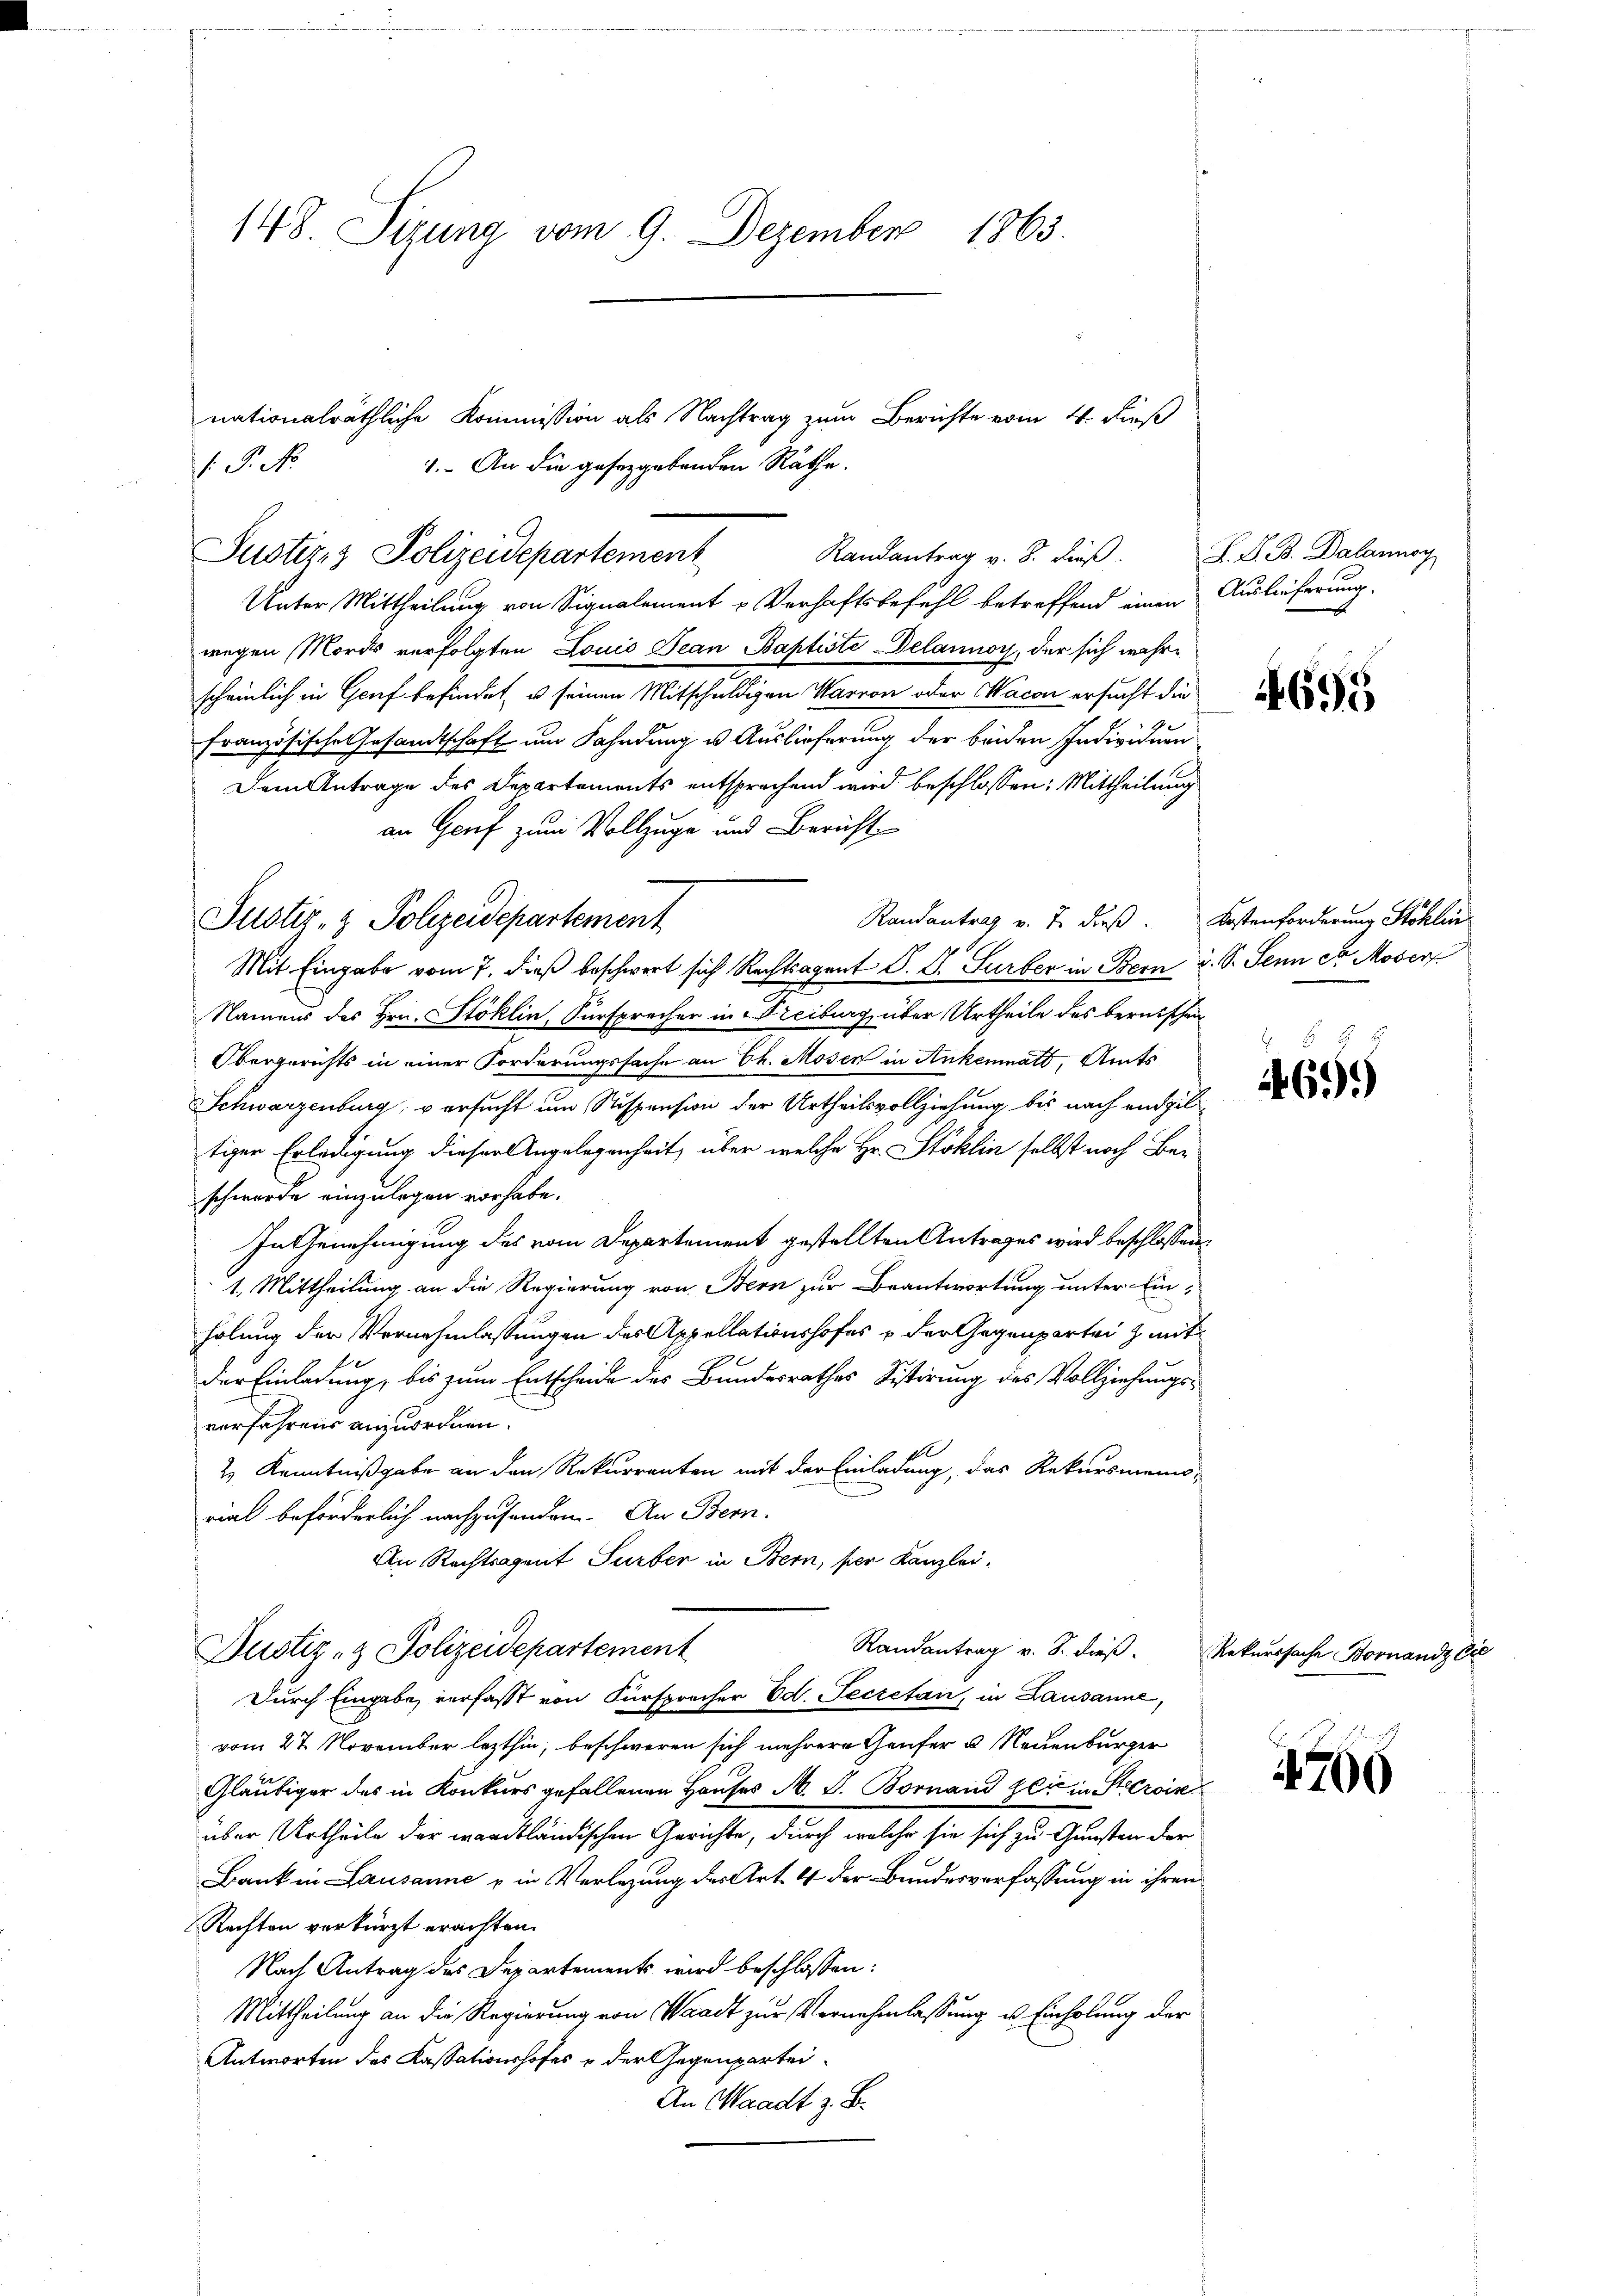
148. Sizung vom 9. Dezember 1863.

Unter Mittheilung von Signalement Verhaftsbefehl betreffend einen Auslieferung.
wegen Mordes verfolgten Louis Jean Baptiste Delannoy, der sich wahrscheinlich in Genf befindet, u seinen Mitschuldigen Warron oder Macon ersucht die
französische Gesandtschaft um Fahndung u. Auslieferung der beiden Individum
Dem Antrage des Departements entsprochend wird beschlossen: Mittheilung
an Genf zum Vollzuge und Bericht
Mit Eingabe vom 7. dieß beschwert sich Rechtsagent S. D. Turber in Bern u. S. Senn et Moser
Namens des Hrn. Stoklin, Fürsprecher in Freiburg über Urtheile des bernischen
Obergerichts in einer Forderungssache an Ch. Moser in Ankenmatt, Amts
Schwarzenburg, versucht um Suspension der Urtheilsvollziehung bis nach endgiltiger Erledigung dieser Angelegenheit, über welche Hr. Stoklin selbst noch Beschwerde einzulegen vorhabe.
In Genehmigung des vom Departement gestellten Antrages wird beschlossen:
1. Mittheilung an die Regierung von Bern zur Beantwortung unter Ein-
holung der Vernehmlassungen des Appellationshofes u der Gegenpartei z mit
der Einladung, bis zum Entscheide des Bundesrathes Sistirung des Vollziehungsverfahrens anzuordnen.
.
2 Kenntnißgabe an den Rekurrenten mit der Einladung, das Rekursmeinsrial beförderlich nachzusenden. An Bern.
An Rechtsagent Surber in Bern, per Kanzlei.
Justiz- & Polizeidepartement
Randantrag v. S. dieβ. Rekurssache Bornandze
Durch Eingabe verfasst von Fürspracher Ed. Secretan, in Lausanne,
vom 27. November lezthin, beschweren sich mehrere Genfer u Neuenburger
Gläubiger des in Konkurs gefallenen Hauses M. J. Bornand gli in Stecrois
über Urtheile der wardtländischen Gerichte, durch welche sie sich zu Gunsten der
Bank in Lausanne u in Verlegung des Art. 4 der Bundesverfassung in ihren
Rechten verkürzt erachten.
Nach Antrag des Departements wird beschlossen:
Mittheilung an die Regierung von Waadt zur Vernehmlassung u. Einholung der
Antworten des Kassationshofes & der Gegenpartei¬
An Waadt z. B.

.P. N

Justiz- & Polizeidepartement

Justiz- & Polizeidepartement

nationalräthliche Kommission als Nachtrag zum Berichte vom 4. dieß
1. An die gesezgebenden Räthe.
Randantrag v. 8. dieß.

Randantrag v. J. dieß. Kostenforderung Stoklin

S. S. B. Dalannay

695

469.)

700